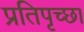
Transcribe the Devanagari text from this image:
प्रतिपृच्छा